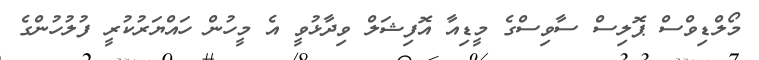
މޯލްޑިވްސް ޕޮލިސް ސާވިސްގެ މީޑިއާ އޮފިޝަލް ވިދާޅުވީ އެ މީހުން ހައްޔަރުކުރީ ފުލުހުންގެ